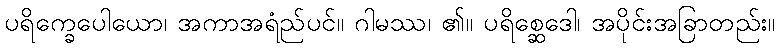
ပရိက္ခေပေါယော၊ အကာအရံည်ပင်။ ဂါမဿ၊ ၏။ ပရိစ္ဆေဒေါ၊ အပိုင်းအခြာတည်း။